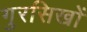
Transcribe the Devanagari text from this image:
गुरसिखों